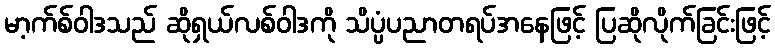
မာ့က်စ်ဝါဒသည် ဆိုရှယ်လစ်ဝါဒကို သိပ္ပံပညာတရပ်အနေဖြင့် ပြဆိုလိုက်ခြင်းဖြင့်